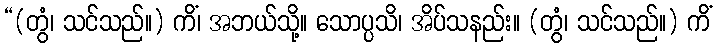
“(တွံ၊ သင်သည်။) ကိံ၊ အဘယ်သို့။ သောပ္ပသိ၊ အိပ်သနည်း။ (တွံ၊ သင်သည်။) ကိံ